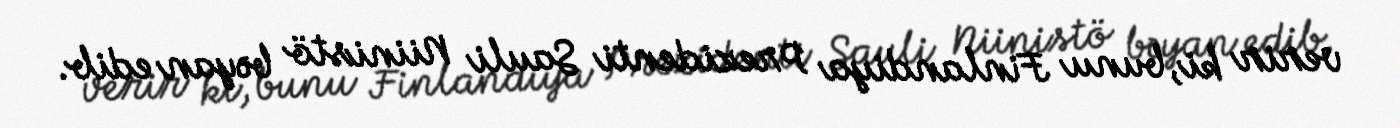
verir ki, bunu Finlandiya Prezidenti Sauli Niinistö bəyan edib.